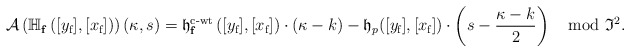
\begin{align*}\mathcal A\left(\mathbb{H}_{\mathbf{f}}\left([y_{\textup{f}}],[x_{\textup{f}}]\right)\right)(\kappa,s)=\mathfrak{h}_{\mathbf{f}}^{\textup{c-wt}}\left([y_{\textup{f}}],[x_{\textup{f}}]\right) \cdot (\kappa-k)- \frak h_p([y_{\textup{f}}],[x_{\textup{f}}])\cdot \left (s-\frac{\kappa-k}{2}\right )\mod \frak{I}^2.\end{align*}